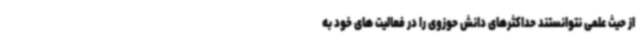
از حیث علمی نتوانستند حداکثرهای دانش حوزوی را در فعالیت های خود به